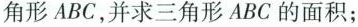
角形ABC，并求三角形ABC的面积；